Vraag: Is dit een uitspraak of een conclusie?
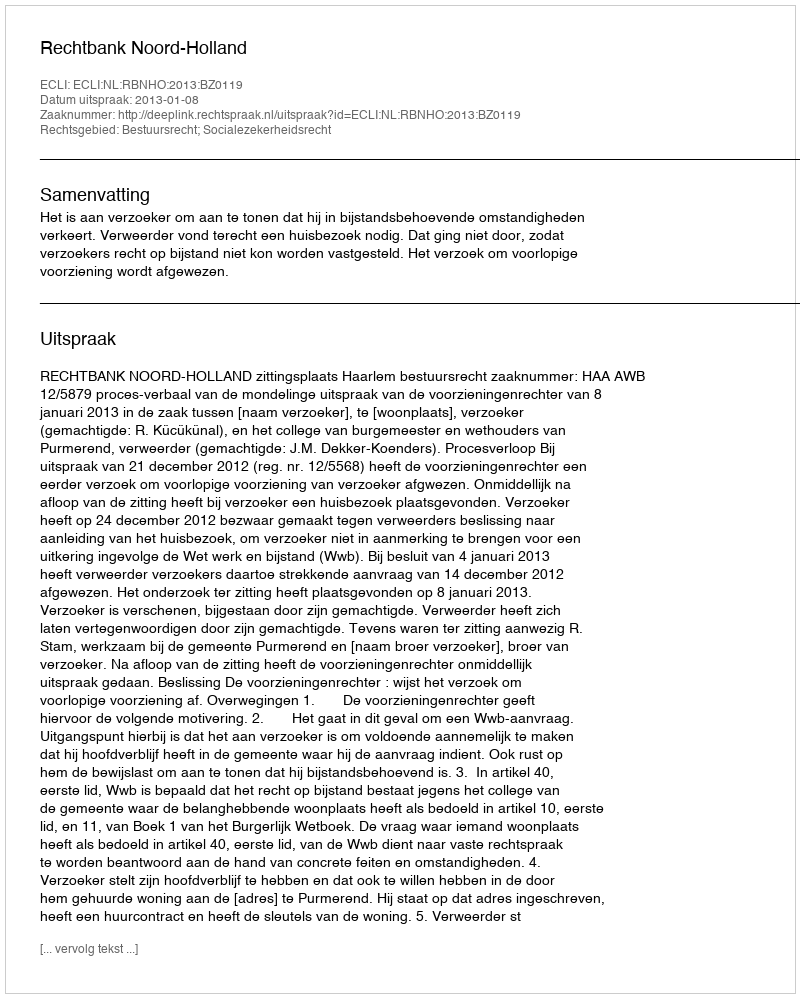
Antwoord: Uitspraak